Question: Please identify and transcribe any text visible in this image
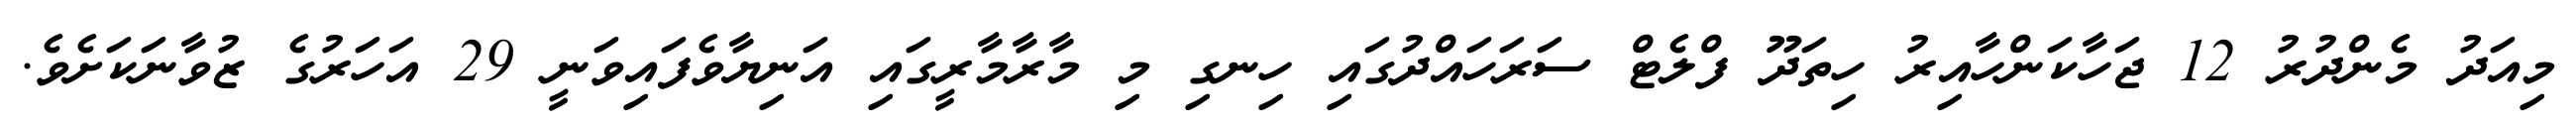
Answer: މިއަދު މެންދުރު 12 ޖަހާކަންހާއިރު ހިތަދޫ ފްލެޓް ސަރަހައްދުގައި ހިނގި މި މާރާމާރީގައި އަނިޔާވެފައިވަނީ 29 އަހަރުގެ ޒުވާނަކަށެވެ.